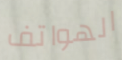
الهواتف